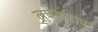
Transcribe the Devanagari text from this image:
लपलपाए